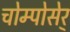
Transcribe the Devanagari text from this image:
चोम्पोसेर्